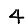
Digit: 4